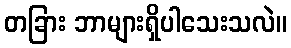
တခြား ဘာများရှိပါသေးသလဲ။